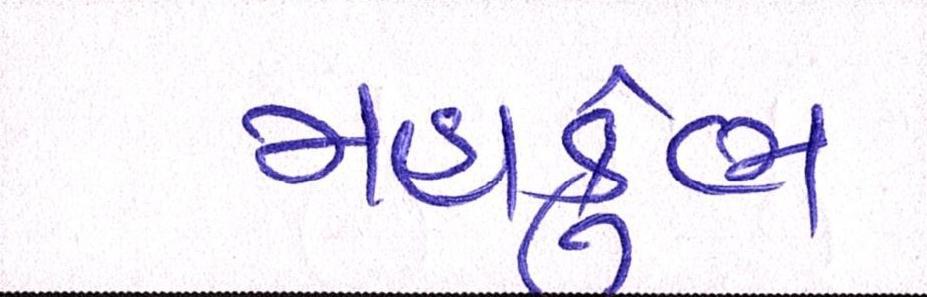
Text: મહાકુંભ